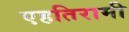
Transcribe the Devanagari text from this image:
एहतिरामी